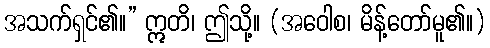
အသက်ရှင်၏။” ဣတိ၊ ဤသို့။ (အဝေါစ၊ မိန့်တော်မူ၏။)